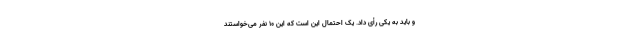
و باید به یکی رأی داد. یک احتمال این است که این 10 نفر می‌خواستند